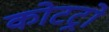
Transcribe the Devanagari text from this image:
कोटट्रो